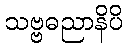
သဗ္ဗဓညာနိပိ